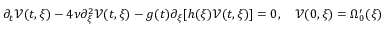
\partial _ { t } \mathcal { V } ( t , \xi ) - 4 \nu \partial _ { \xi } ^ { 2 } \mathcal { V } ( t , \xi ) - g ( t ) \partial _ { \xi } [ h ( \xi ) \mathcal { V } ( t , \xi ) ] = 0 , \quad \mathcal { V } ( 0 , \xi ) = \Omega _ { 0 } ^ { \prime } ( \xi )